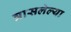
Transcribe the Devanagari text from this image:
त्रासलेल्या